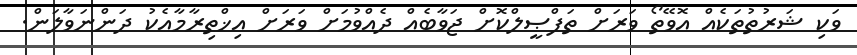
ވަކި ޝަރުތުތަކެއް އޮވޭތޯ ވަރަށް ތަފްޞީލްކޮށް ޖަވާބެއް ދެއްވުމަށް ވަރަށް އިޚްތިރާމާއެކު ދަންނަވާލަން.